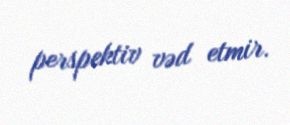
perspektiv vəd etmir.